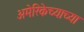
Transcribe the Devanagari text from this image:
अमेरिकेच्याच्या